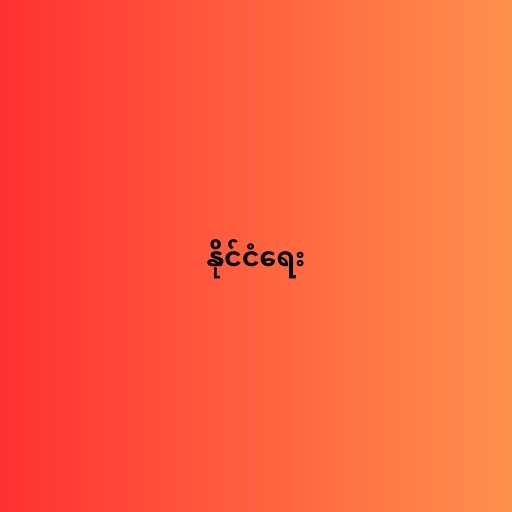
နိုင်ငံရေး